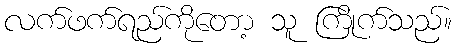
လက်ဖက်ရည်ကိုတော့ သူ ကြိုက်သည်။